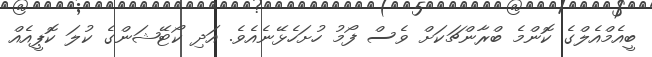
ބީއެމްއެލްގެ ކޮންމެ ބްރާންޗަކަށް ވެސް ފޯމު ހުށަހެޅޭނެއެވެ. އަދި ކޯޓޭޝަންގެ ކުލަ ކޮޕީއެއް